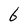
Character: 6